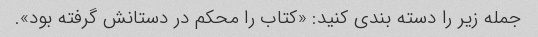
جمله زیر را دسته بندی کنید: «کتاب را محکم در دستانش گرفته بود».